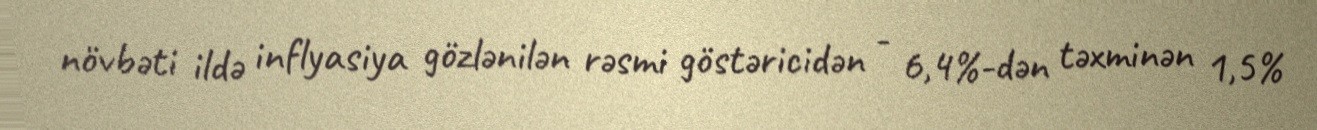
növbəti ildə inflyasiya gözlənilən rəsmi göstəricidən - 6,4%-dən təxminən 1,5%